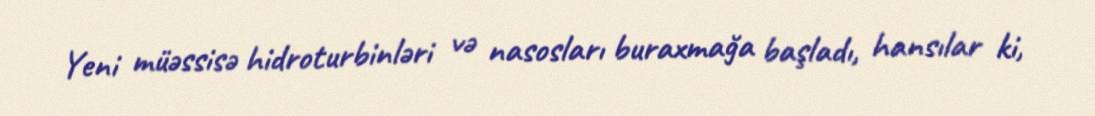
Yeni müəssisə hidroturbinləri və nasosları buraxmağa başladı, hansılar ki,